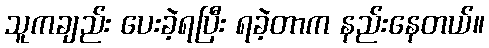
သူကချည်း ပေးခဲ့ရပြီး ရခဲ့တာက နည်းနေတယ်။